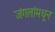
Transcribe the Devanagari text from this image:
जंगलांमधून